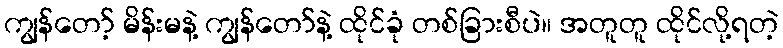
ကျွန်တော့် မိန်းမနဲ့ ကျွန်တော်နဲ့ ထိုင်ခုံ တစ်ခြားစီပဲ။ အတူတူ ထိုင်လို့ရတဲ့